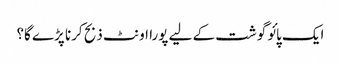
ایک پائو گوشت کے لیے پورا اونٹ ذبح کرنا پڑے گا؟